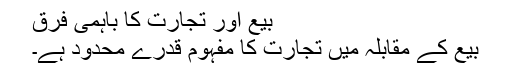
بیع اور تجارت کا باہمی فرق
بیع کے مقابلہ میں تجارت کا مفہوم قدرے محدود ہے۔